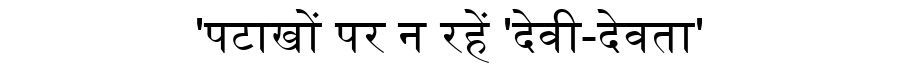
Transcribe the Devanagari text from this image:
'पटाखों पर न रहें 'देवी-देवता'